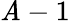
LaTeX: \mathit{A}-1